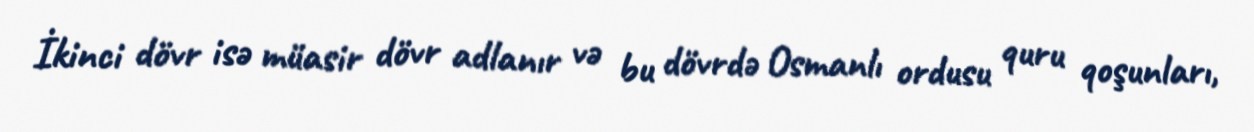
İkinci dövr isə müasir dövr adlanır və bu dövrdə Osmanlı ordusu quru qoşunları,